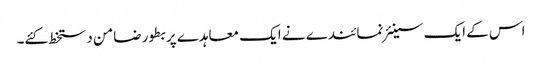
اس کے ایک سینئر نمائندے نے ایک معاہدے پر بطور ضامن دستخط کئے۔